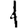
Digit: 1